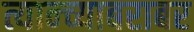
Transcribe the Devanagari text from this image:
त्यान्च्याबराबर